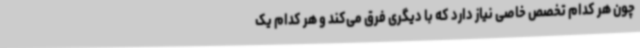
چون هر کدام تخصص خاصی نیاز دارد که با دیگری فرق می‌کند و هر کدام یک